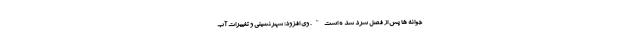
جوانه ها پس از فصل سرد شد ه است". وی افزود: شهرنشینی و تغییرات آب